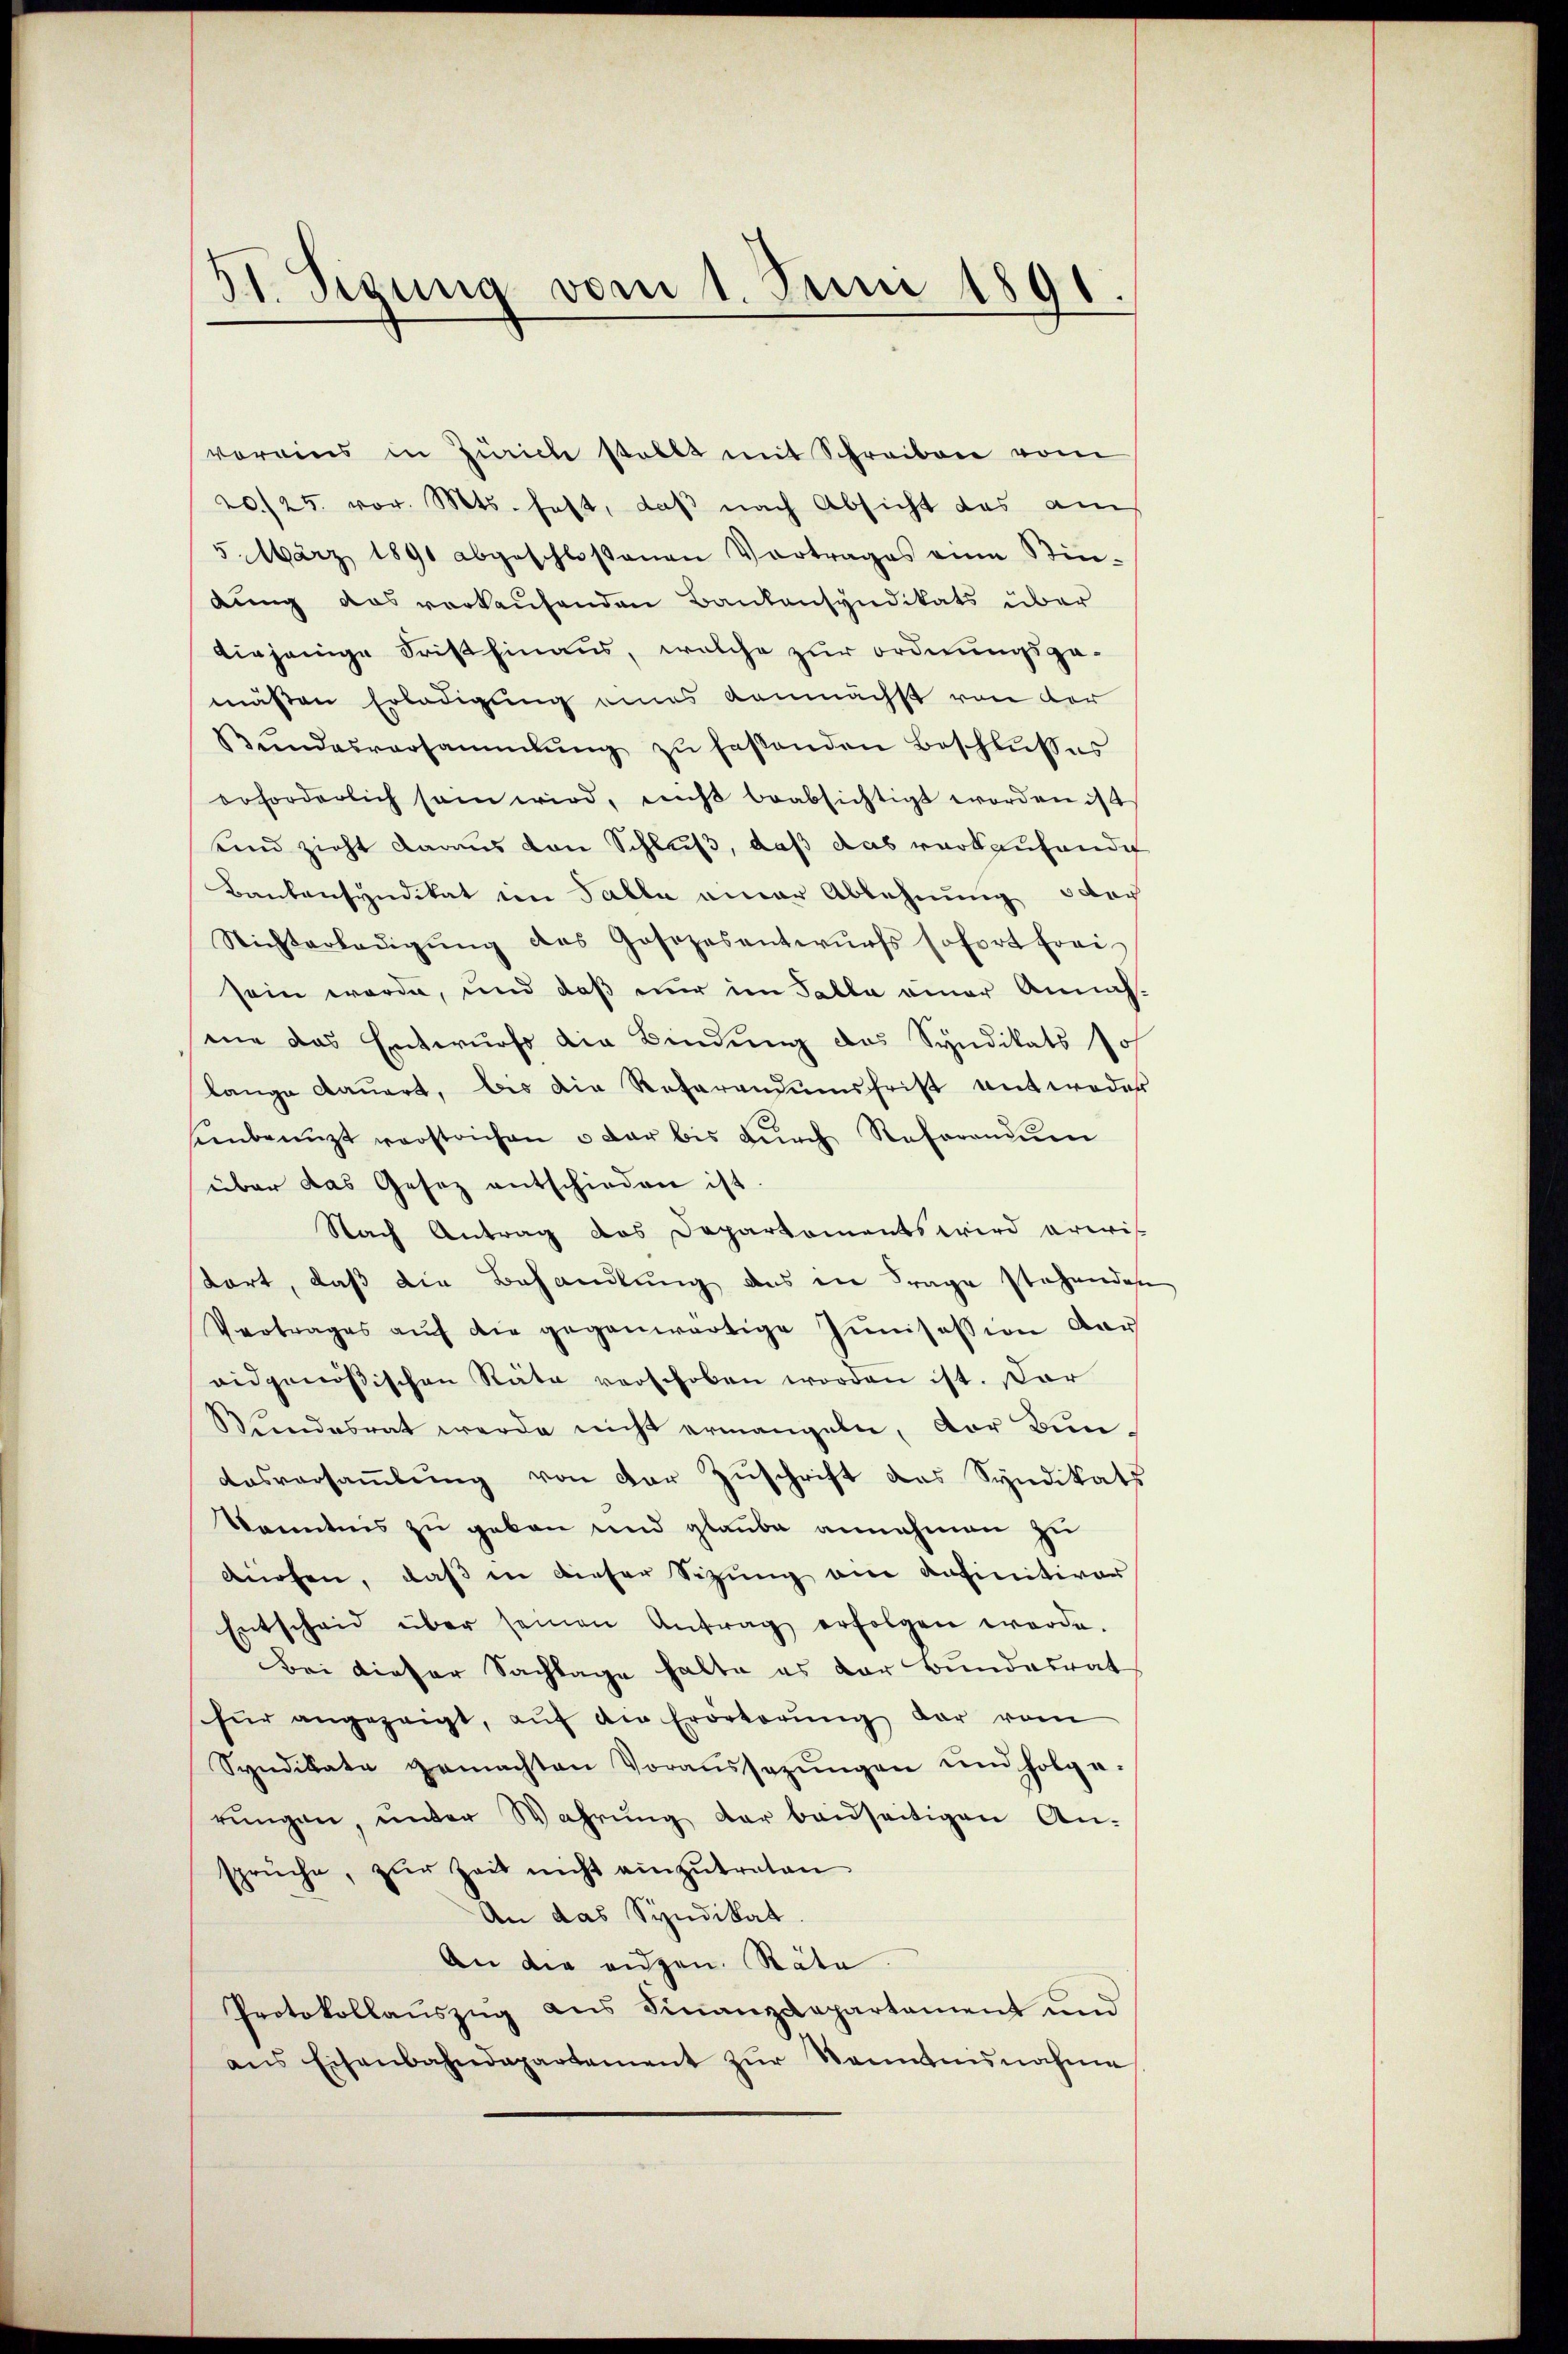
51. Segung vom 1. Juni 1891
e

voreins in Zürich stellt mit Schreiben vom
20/25. vor. Mts. hast, daß nach Absicht das am
5. März 1891 abgeschlossenen Vortrages am Sin-
dung das verkaufenden Bankensyndikats über
diejenige Frist hinaus, welche zur ordnungsgemäßen Erledigung eines kannächst von der
Bŭndesversammlung zŭ faßenden Beschlußes
erforderlich sei wird, nicht beabsichtigt worden ist
sind zieht daraus von Schluß, daß das verkaufende
Bankensyndikat im Falle einer Ablehnung oder
Nichterledigŭng des Gosezesentwurfs sofort frei
sein werde, und daß nur im Falle einer Annahmie das Entwurf die Bindung das Syndikats Joh.
lange dauert, bis die Referandumsfrist entweder
senbenützt verstrichen u dar bis dŭrch Refornŭen
über das Gesez entschieden ist.
Nach Antrag das Departements wird erwis
tart, daß die Behandlung das in Frage stehendes
Vertrages aŭf die gegenwärtige Junisession der
eidgenößischen Räte verschoben worden ist. Dar
Bundesrat werde nicht ermangeln, der Bun¬
Ausversammlung von der Zuschrift das Syndikats
Kenntnis zu geben und glaube annehmen zu
würfen, daß in dieser Sizung am definitiver
Entscheid über seinen Antrag erfolgen werde.
Bei dieser Sachlage halte es der Bundesrat
für angezeigt, aŭf die Erörterŭng dar vom
Syndikate gemachten Voraŭssezŭngen und folge-
rŭngen, unter Wahrŭng der beidseitigen An-
sprüche, zŭr Zeit nicht einzŭtreten
An das Syndikat
An die eidgen. Räte
Protokollauszug aus Finanzdepartement und
ans Eisenbahndepartement zŭr Kenntnisnahme